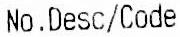
NO.DESC/CODE